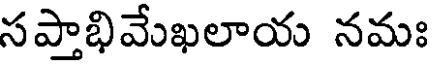
సప్తాభివేఖలాయ నమః